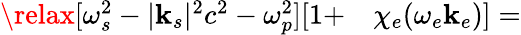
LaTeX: \begin{array}{r}{\begin{array}{rl}{\relax[\omega_{s}^{2}-|\mathbf{k}_{s}|^{2}c^{2}-\omega_{p}^{2}][1+}&{{}\chi_{e}(\omega_{e}\mathbf{k}_{e})]=}\end{array}}\end{array}